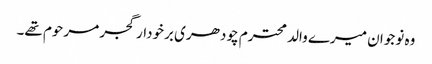
وہ نوجوان میرے والد محترم چودھری برخودار گجر مرحوم تھے۔